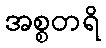
အစ္စတရိ